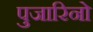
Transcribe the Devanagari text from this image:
पुजारिनो